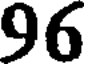
96